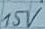
Text: 15V